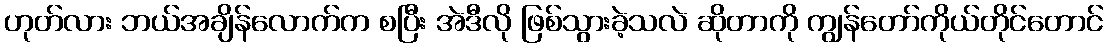
ဟုတ်လား ဘယ်အချိန်လောက်က စပြီး အဲဒီလို ဖြစ်သွားခဲ့သလဲ ဆိုတာကို ကျွန်တော်ကိုယ်တိုင်တောင်